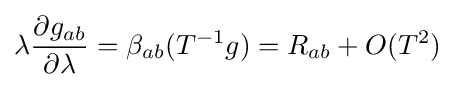
\lambda {\frac {\partial g_{ab}}{\partial \lambda }}=\beta _{ab}(T^{-1}g)=R_{ab}+O(T^{2})~